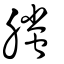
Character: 螣